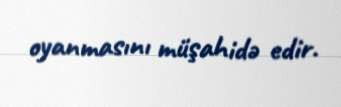
oyanmasını müşahidə edir.